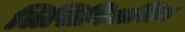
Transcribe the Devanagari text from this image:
लिसिनिअसिन